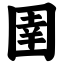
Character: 圉